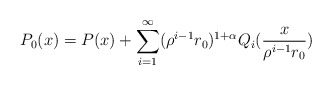
\begin{align*}P_0(x)= P(x) + \sum_{i=1}^{\infty} (\rho^{i-1}r_0)^{1+\alpha} Q_{i}(\frac{x}{\rho^{i-1}r_0})\end{align*}